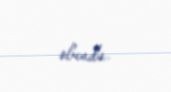
olundu.